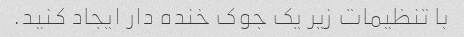
با تنظیمات زیر یک جوک خنده دار ایجاد کنید.